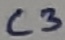
Text: C3